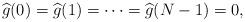
LaTeX: \begin{align*} \widehat{g}(0)=\widehat{g}(1)=\cdots=\widehat{g}(N-1)=0,\end{align*}